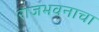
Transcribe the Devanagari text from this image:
राजभवनाचा